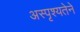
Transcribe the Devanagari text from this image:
अस्पृश्यतेने